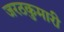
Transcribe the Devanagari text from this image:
जरठकुमारी